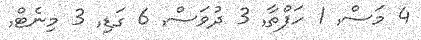
4 މަސް